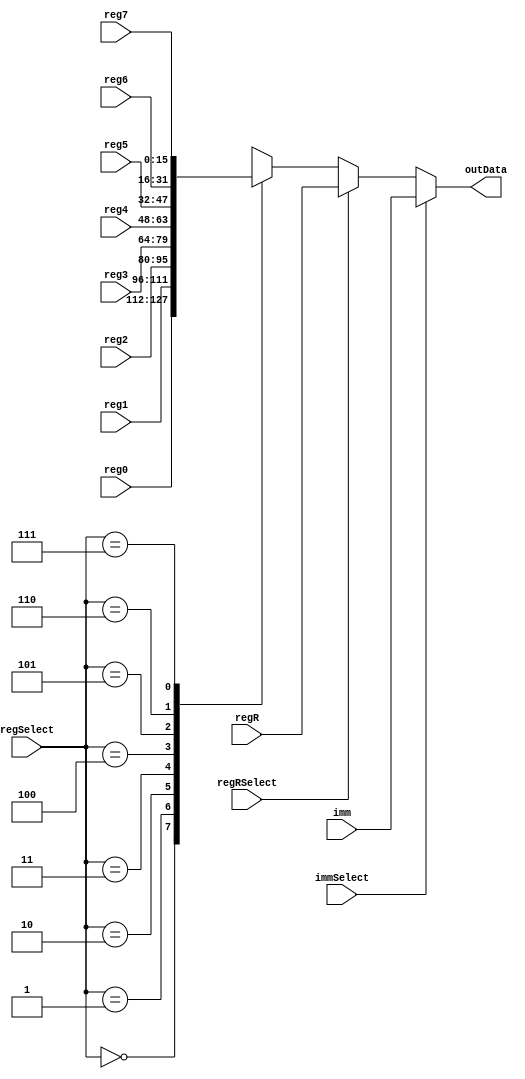
module mux
( input  [2:0] regSelect,
  input  regRSelect,
  input  immSelect,
  input [15:0] imm,
  input [15:0] regR,
  input [15:0] reg0,
  input [15:0] reg1,
  input [15:0] reg2,
  input [15:0] reg3,
  input [15:0] reg4,
  input [15:0] reg5,
  input [15:0] reg6,
  input [15:0] reg7,
  output [15:0] outData);

reg [15:0] regOut;

assign outData = regOut;

always @(*) begin
  // Retrieve output from registers bank
  case(regSelect)
    3'b000: regOut <= reg0;
    3'b001: regOut <= reg1;
    3'b010: regOut <= reg2;
    3'b011: regOut <= reg3;
    3'b100: regOut <= reg4;
    3'b101: regOut <= reg5;
    3'b110: regOut <= reg6;
    3'b111: regOut <= reg7;
  endcase
  // Retrieve output from R register
  if(regRSelect == 1'b1)
    regOut <= regR;
  // Retrieve output from immediate
  if(immSelect == 1'b1)
    regOut <= imm;
end

endmodule